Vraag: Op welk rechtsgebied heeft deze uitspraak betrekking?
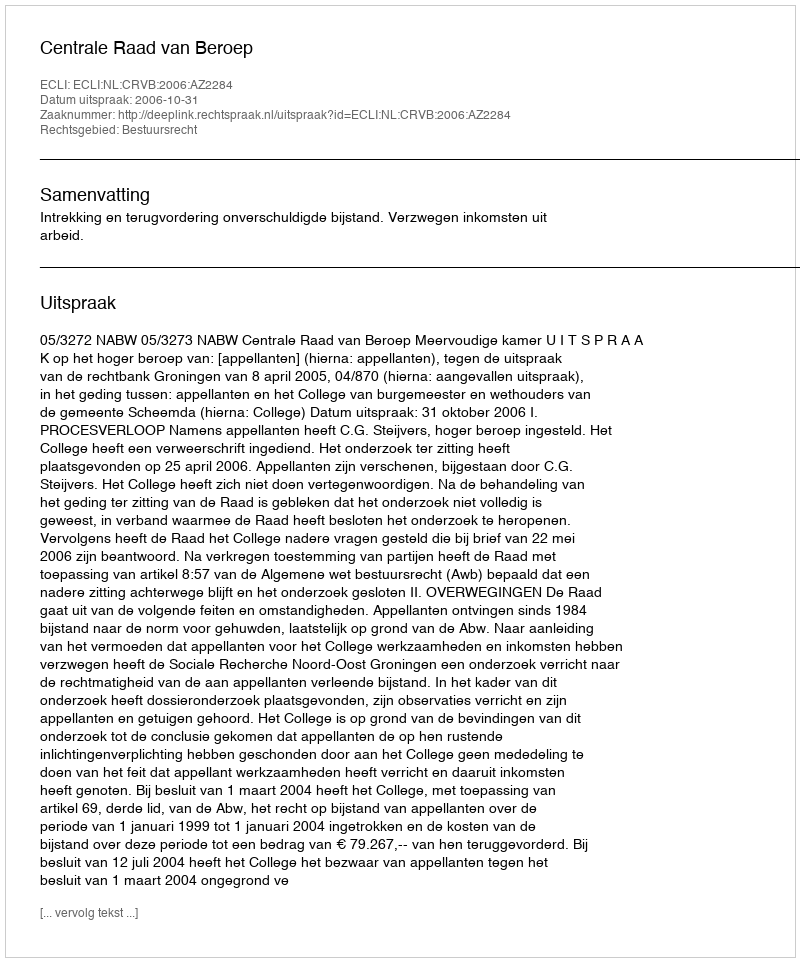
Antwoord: Bestuursrecht